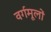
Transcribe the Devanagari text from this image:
वर्गमूलों